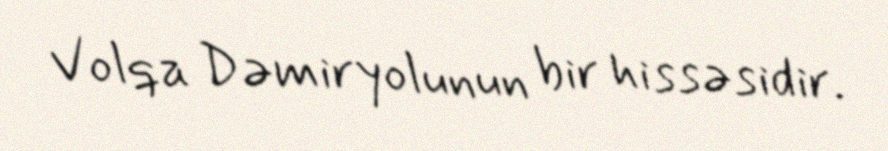
Volqa Dəmiryolunun bir hissəsidir.